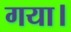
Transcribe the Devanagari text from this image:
गया।